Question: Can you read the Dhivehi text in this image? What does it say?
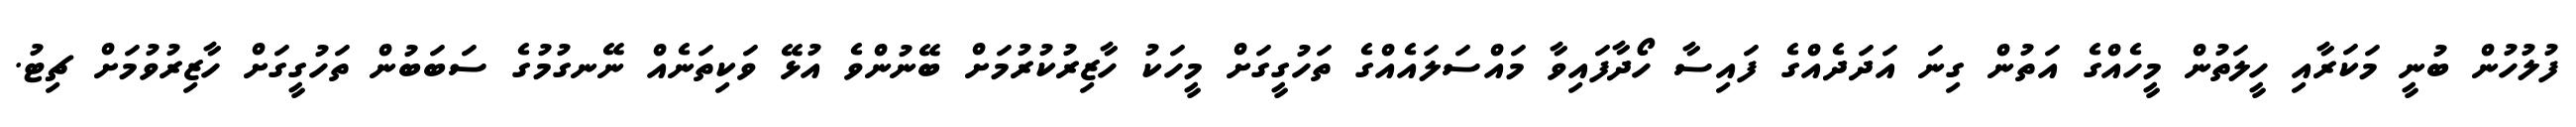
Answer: ފުލުހުން ބުނީ މަކަރާއި ހީލަތުން މީހެއްގެ އަތުން ގިނަ އަދަދެއްގެ ފައިސާ ހޯދާފައިވާ މައްސަލައެއްގެ ތަހުގީގަށް މީހަކު ހާޒިރުކުރުމަށް ބޭނުންވެ އުޅޭ ވަކިތަނެއް ނޭނގުމުގެ ސަބަބުން ތަހުގީގަށް ހާޒިރުވުމަށް ޗިޓު.